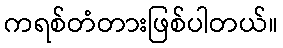
ကရစ်တံတားဖြစ်ပါတယ်။